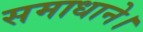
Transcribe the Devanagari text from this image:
समाधाने।